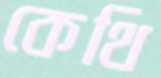
কেথি